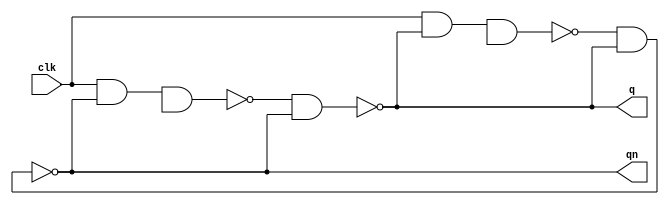


module jk(q,qn,clk);  //output: q, qn | input: clk
//Input Ports
input clk;
//Output Ports
output q,qn;
//Registers
wire q,qn,j,k;
wire [1:0] w;

  		nand na1(w[0], clk, qn, j);
  		nand na2(w[1], clk, q, k);
  		nand na3(q, w[0], qn);
  		nand na4(qn, w[1], q);

endmodule